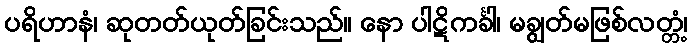
ပရိဟာနံ၊ ဆုတတ်ယုတ်ခြင်းသည်။ နော ပါဋိကင်္ခါ၊ မချွတ်မဖြစ်လတ္တံ့၊